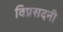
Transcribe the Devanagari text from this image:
विप्रसदनी